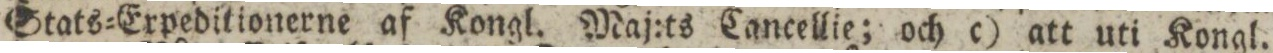
Stats=Erpeditionerne af Kongl. Maj:ts Cancellie; och c) att uti Kongl.